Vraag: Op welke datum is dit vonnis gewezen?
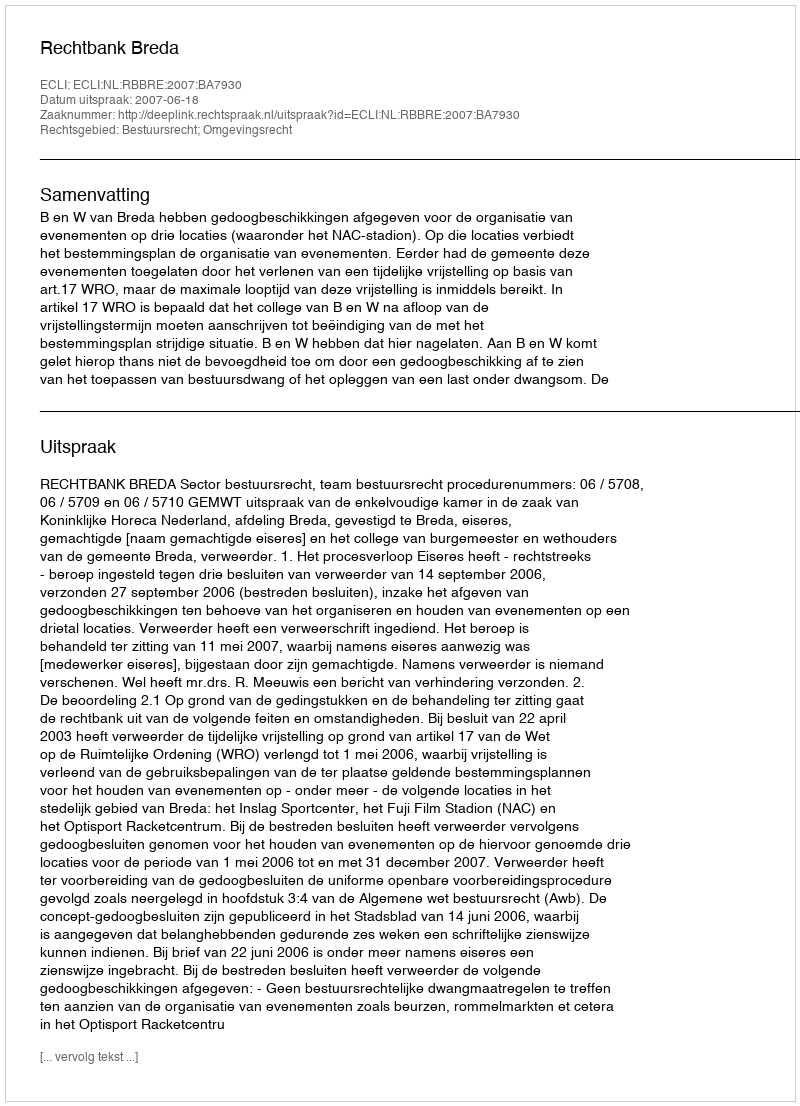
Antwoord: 2007-06-18